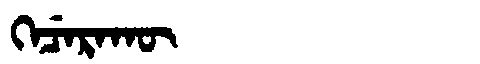
Manchu: ᡴᡝᠴᡝᡵᠠᡴᡡ
Romanization: KECERAKŪ